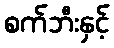
စက်ဘီးနှင့်